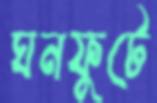
ঘনফুটে